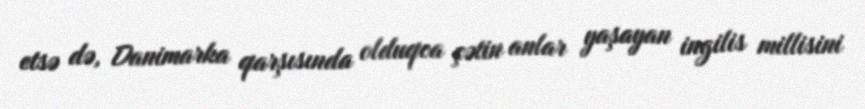
etsə də, Danimarka qarşısında olduqca çətin anlar yaşayan ingilis millisini